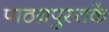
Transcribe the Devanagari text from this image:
पाठय़पुस्तकें